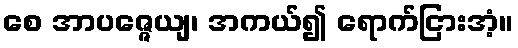
စေ အာပဇ္ဇေယျ၊ အကယ်၍ ရောက်ငြားအံ့။